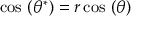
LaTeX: \cos \, \left( \theta ^ { * } \right) = r \cos \, \left( \theta \right)